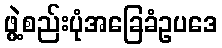
ဖွဲ့စည်းပုံအခြေခံဥပဒေ